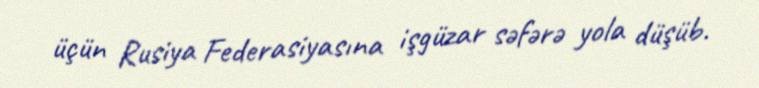
üçün Rusiya Federasiyasına işgüzar səfərə yola düşüb.